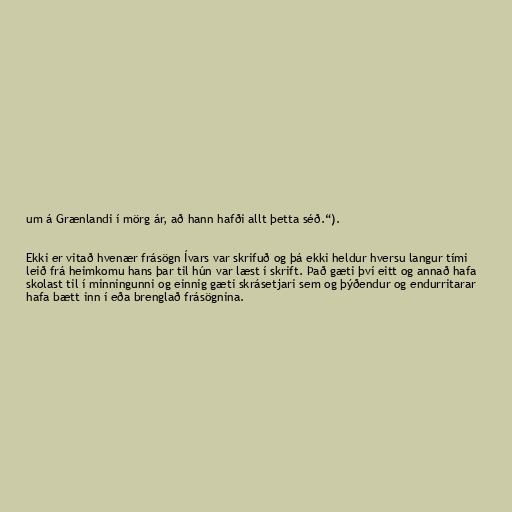
um á Grænlandi í mörg ár, að hann hafði allt þetta séð.“).

Ekki er vitað hvenær frásögn Ívars var skrifuð og þá ekki heldur hversu langur tími
leið frá heimkomu hans þar til hún var læst í skrift. Það gæti því eitt og annað hafa
skolast til í minningunni og einnig gæti skrásetjari sem og þýðendur og endurritarar
hafa bætt inn í eða brenglað frásögnina.